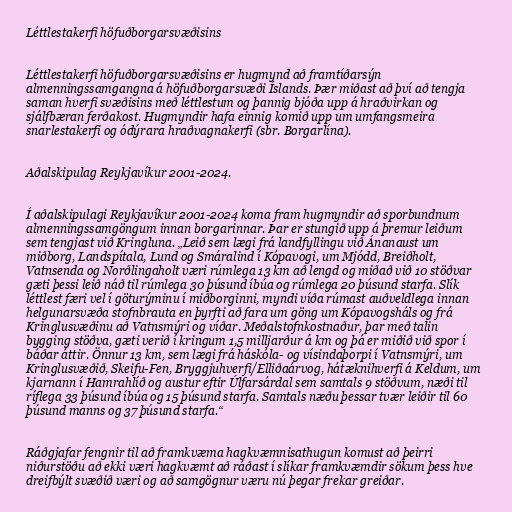
Léttlestakerfi höfuðborgarsvæðisins

Léttlestakerfi höfuðborgarsvæðisins er hugmynd að framtíðarsýn
almenningssamgangna á höfuðborgarsvæði Íslands. Þær miðast að því að tengja
saman hverfi svæðisins með léttlestum og þannig bjóða upp á hraðvirkan og
sjálfbæran ferðakost. Hugmyndir hafa einnig komið upp um umfangsmeira
snarlestakerfi og ódýrara hraðvagnakerfi (sbr. Borgarlína).

Aðalskipulag Reykjavíkur 2001-2024.

Í aðalskipulagi Reykjavíkur 2001-2024 koma fram hugmyndir að sporbundnum
almenningssamgöngum innan borgarinnar. Þar er stungið upp á þremur leiðum
sem tengjast við Kringluna. „Leið sem lægi frá landfyllingu við Ánanaust um
miðborg, Landspítala, Lund og Smáralind í Kópavogi, um Mjódd, Breiðholt,
Vatnsenda og Norðlingaholt væri rúmlega 13 km að lengd og miðað við 10 stöðvar
gæti þessi leið náð til rúmlega 30 þúsund íbúa og rúmlega 20 þúsund starfa. Slík
léttlest færi vel í göturýminu í miðborginni, myndi víða rúmast auðveldlega innan
helgunarsvæða stofnbrauta en þyrfti að fara um göng um Kópavogsháls og frá
Kringlusvæðinu að Vatnsmýri og víðar. Meðalstofnkostnaður, þar með talin
bygging stöðva, gæti verið í kringum 1,5 milljarður á km og þá er miðið við spor í
báðar áttir. Önnur 13 km, sem lægi frá háskóla- og vísindaþorpi í Vatnsmýri, um
Kringlusvæðið, Skeifu-Fen, Bryggjuhverfi/Elliðaárvog, hátæknihverfi á Keldum, um
kjarnann í Hamrahlíð og austur eftir Úlfarsárdal sem samtals 9 stöðvum, næði til
ríflega 33 þúsund íbúa og 15 þúsund starfa. Samtals næðu þessar tvær leiðir til 60
þúsund manns og 37 þúsund starfa.“

Ráðgjafar fengnir til að framkvæma hagkvæmnisathugun komust að þeirri
niðurstöðu að ekki væri hagkvæmt að ráðast í slíkar framkvæmdir sökum þess hve
dreifbýlt svæðið væri og að samgögnur væru nú þegar frekar greiðar.